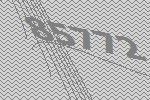
85772